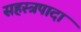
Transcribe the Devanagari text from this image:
सहस्त्रपादा